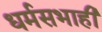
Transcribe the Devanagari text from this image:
धर्मसभाही